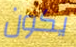
يكون